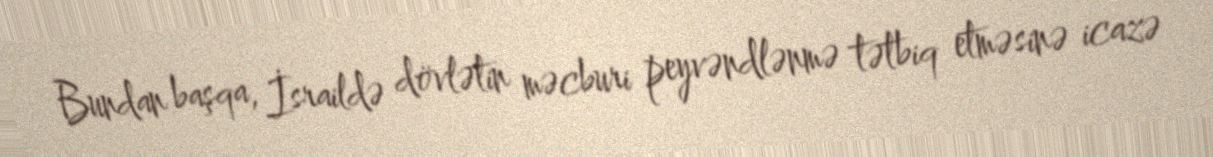
Bundan başqa, İsraildə dövlətin məcburi peyvəndlənmə tətbiq etməsinə icazə